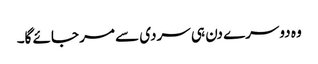
وہ دوسرے دن ہی سردی سے مر جائے گا۔